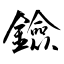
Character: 鐱